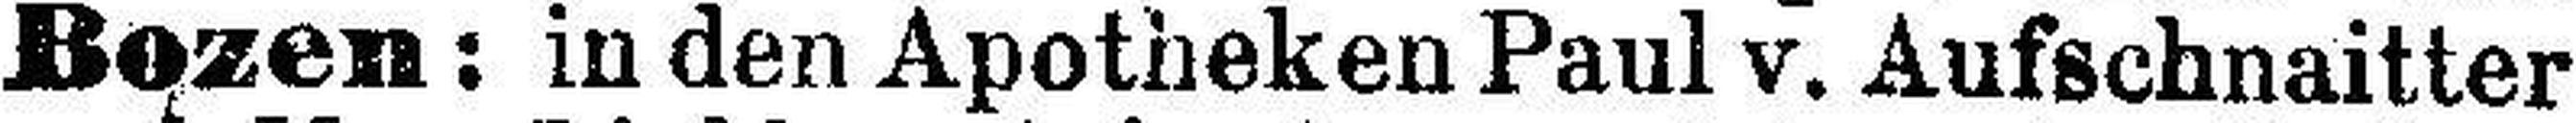
Bozen: in den Apotheken Paul v. Aufschnaitter